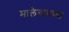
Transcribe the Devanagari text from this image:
मालेगावच्या